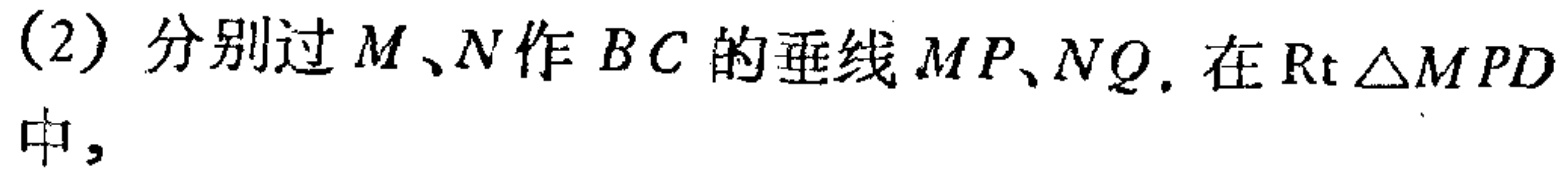
(2) 分别过 \(M、N\) 作 \(BC\) 的垂线 \(MP、NQ\). 在 \(\text{Rt} \triangle MPD\) 中,